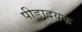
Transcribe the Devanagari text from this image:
पीड़ादयक